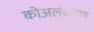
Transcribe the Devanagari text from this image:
कोअलंकरण